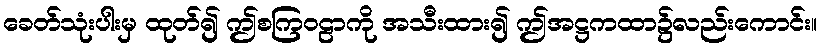
ခေတ်သုံးပါးမှ ထုတ်၍ ဤစကြဝဠာကို အသီးထား၍ ဤအဋ္ဌကထာ၌လည်းကောင်း။